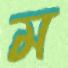
ম